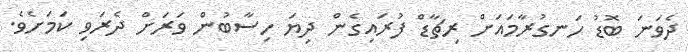
ދެވަނަ ބޮޑު ހަނގުރާމައަށް ރިޗާޑް ފުރައިގެން ދިޔަ ހިސާބުން ވަރަށް ދެރަވި ކަމަށެވެ.